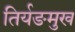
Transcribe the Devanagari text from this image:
तिर्यङमुख